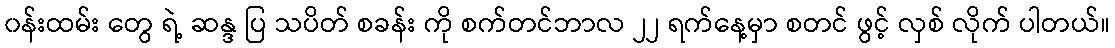
၀န်းထမ်း တွေ ရဲ့ ဆန္ဒ ပြ သပိတ် စခန်း ကို စက်တင်ဘာလ ၂၂ ရက်နေ့မှာ စတင် ဖွင့် လှစ် လိုက် ပါတယ်။